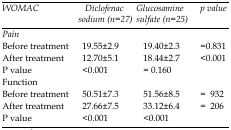
| WOMAC | Diclofenac sodium (n=27) | Glucosamine sulfate (n=25) | p value |
 | --- | --- | --- | --- |
 | Pain |  |  |  |
 | Before treatment | 19.55±2.9 | 19.40±2.3 | =0.831 |
 | After treatment | 12.70±5.1 | 18.44±2.7 | <0.001 |
 | P value | <0.001 | = 0.160 |  |
 | Function |  |  |  |
 | Before treatment | 50.51±7.3 | 51.56±8.5 | = 932 |
 | After treatment | 27.66±7.5 | 33.12±6.4 | = 206 |
 | P value | <0.001 | <0.001 |  |